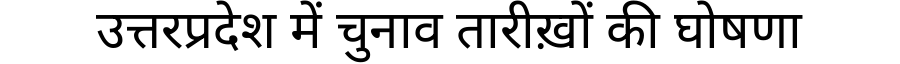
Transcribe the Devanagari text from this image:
उत्तरप्रदेश में चुनाव तारीख़ों की घोषणा